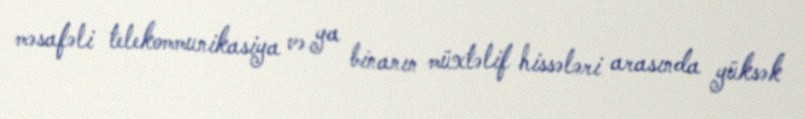
məsafəli telekommunikasiya və ya binanın müxtəlif hissələri arasında yüksək